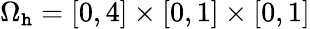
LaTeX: \Omega_{\mathtt{h}}=\left[0,4\right]\times\left[0,1\right]\times\left[0,1\right]